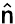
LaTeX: \hat{\mathsf n}